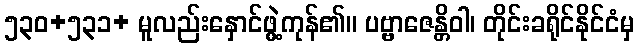
၅၃၀+၅၃၁+ မူလည်းနှောင်ဖွဲ့ကုန်၏။ ပဗ္ဗာဇေန္တိဝါ၊ တိုင်းခရိုင်နိုင်ငံမှ